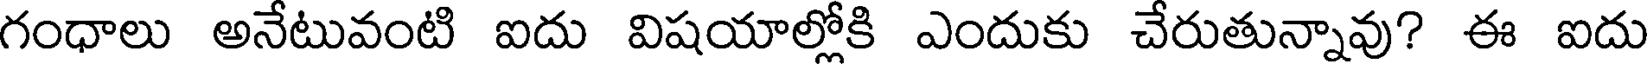
గంధాలు అనేటువంటి ఐదు విషయాల్లోకి ఎందుకు చేరుతున్నావు? ఈ ఐదు